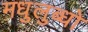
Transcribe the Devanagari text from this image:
मधुलुब्धो